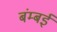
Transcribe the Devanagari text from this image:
बंम्बई